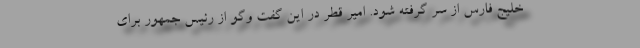
خلیج فارس از سر گرفته شود. امیر قطر در این گفت وگو از رئیس جمهور برای